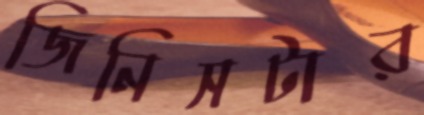
জিনিসটার